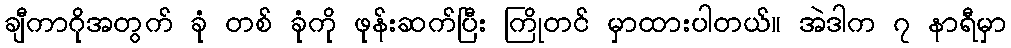
ချီကာဂိုအတွက် ခုံ တစ် ခုံကို ဖုန်းဆက်ပြီး ကြိုတင် မှာထားပါတယ်။ အဲဒါက ၇ နာရီမှာ